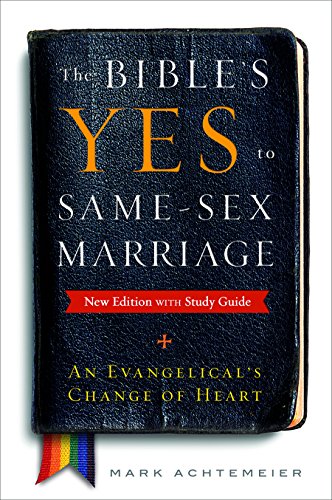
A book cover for The Bible's Yes to Same-Sex Marriage, New Edition with Study Guide: An Evangelical's Change of Heart; Mark Achtemeier; Religion & Spirituality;